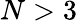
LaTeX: N>3